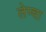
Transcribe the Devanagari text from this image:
लेप्‍चा